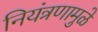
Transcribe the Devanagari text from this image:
नियंत्रणामुळे